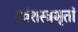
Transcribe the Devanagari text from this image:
सर्वशस्त्रभृतां